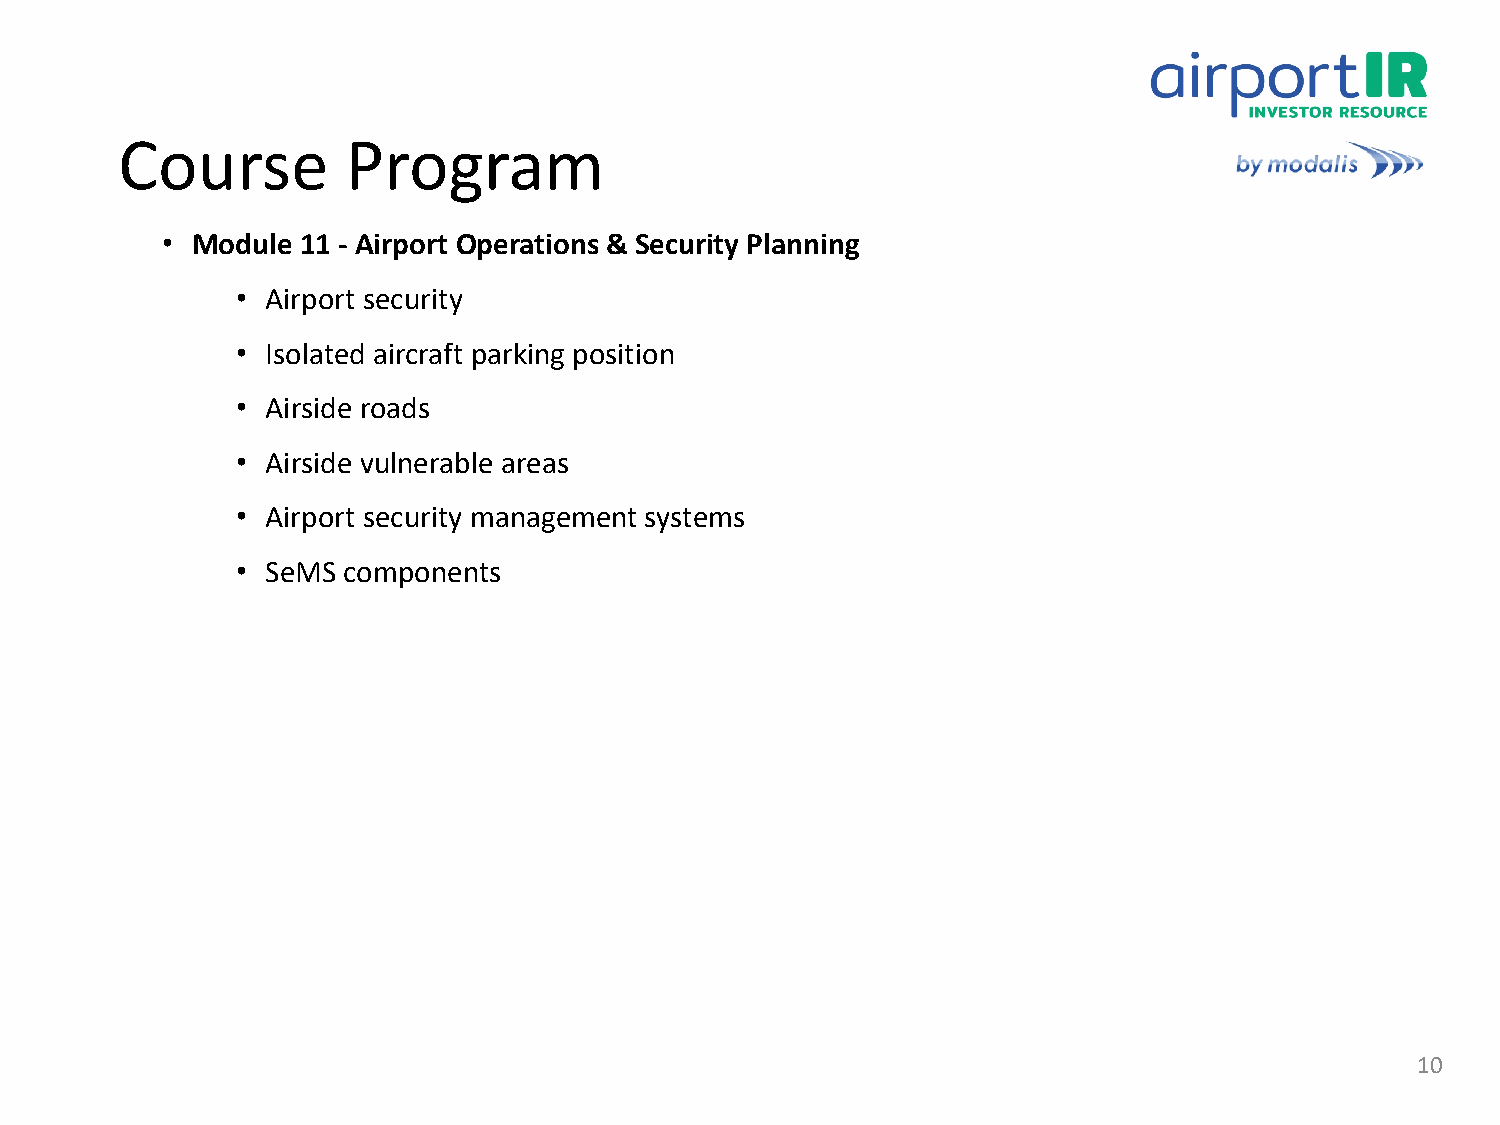
Course         Program
 • Module 11 - Airport Operations & Security Planning
 • Airport security
 • Isolated aircraft parking position
 • Airside roads
 • Airside vulnerable areas
 • Airport security management systems
 • SeMS components
 10